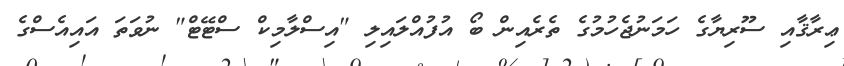
ޢިރާޤާއި ސޫރިޔާގެ ހަމަނުޖެހުމުގެ ތެރެއިން ބޯ އުފުއްލައިލި "އިސްލާމިކް ސްޓޭޓް" ނުވަތަ އައިއެސްގެ